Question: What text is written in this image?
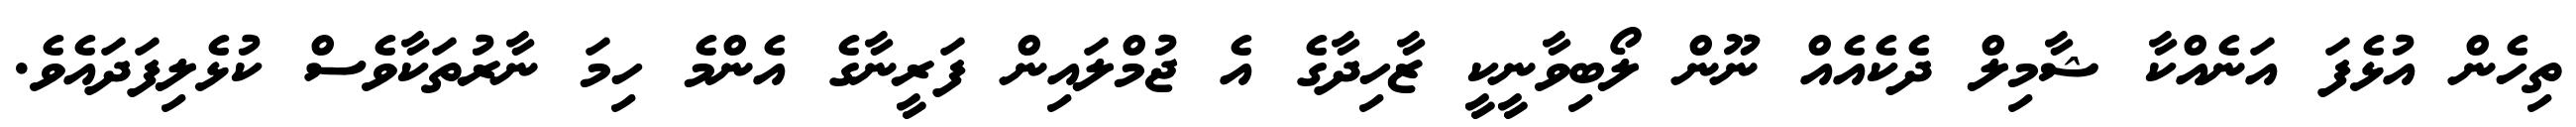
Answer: ތިހެން އުޅެފަ އަނެއްކާ ޝާމިލް ދެކެއެއް ނޫން ލޯބިވާނީކީ ޒާހިދާގެ އެ ޖުމްލައިން ފަރީނާގެ އެންމެ ހިމަ ނާރުތަކާވެސް ކުޅެލިފަދައެވެ.